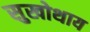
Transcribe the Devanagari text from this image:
सुखोथाय